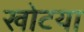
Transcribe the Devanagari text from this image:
खोटया